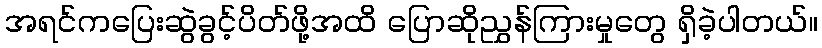
အရင်ကပြေးဆွဲခွင့်ပိတ်ဖို့အထိ ပြောဆိုညွှန်ကြားမှုတွေ ရှိခဲ့ပါတယ်။